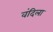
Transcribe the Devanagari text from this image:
वंदिला